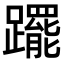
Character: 𨇑